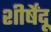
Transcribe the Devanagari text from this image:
शीर्षेंदू